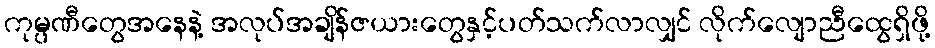
ကုမ္ပဏီတွေအနေနဲ့ အလုပ်အချိန်ဇယားတွေနှင့်ပတ်သက်လာလျှင် လိုက်လျောညီထွေရှိဖို့